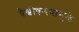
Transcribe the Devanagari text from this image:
वैश्वीकरणामुळे